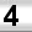
Digit: 4